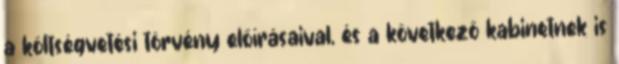
a költségvetési törvény előírásaival, és a következő kabinetnek is